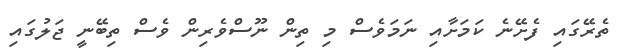
ތެރޭގައި ފެށޭނެ ކަމަށާއި ނަމަވެސް މި ތިން ނޫސްވެރިން ވެސް ތިބޭނީ ޖަލުގައި